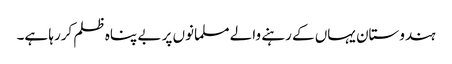
ہندوستان یہاں کے رہنے والے مسلمانوں پر بے پناہ ظلم کررہا ہے۔